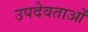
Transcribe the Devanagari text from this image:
उपदेवताओं